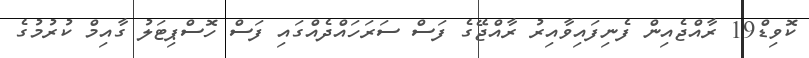
ކޮވިޑް19 ރާއްޖެއިން ފެނިފައިވާއިރު ރާއްޖޭގެ ފަސް ސަރަހައްދެއްގައި ފަސް ހޮސްޕިޓަލު ގާއިމް ކުރުމުގެ